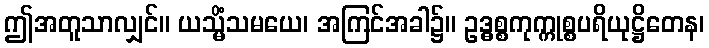
ဤအတူသာလျှင်။ ယသ္မိံသမယေ၊ အကြင်အခါ၌။ ဥဒ္ဓစ္စကုက္ကုစ္စပရိယုဋ္ဌိတေန၊